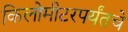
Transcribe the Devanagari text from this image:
किलोमीटरपर्यंतचे